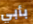
بأبي